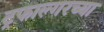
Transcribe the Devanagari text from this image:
ट्रफाल्गरच्या